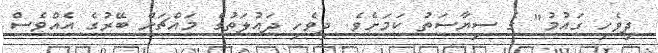
ދިވެހި ގައުމު" ގެ ސިޔާސަތު ކަމަށެވެ. ދިވެހި ދައުލަތުގެ މައްޗަށް ބޭރުގެ އެއްވެސް